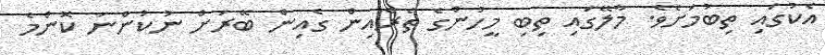
އެކުގައި ތިބުމަށެވެ. މާލޭގައި ތިބި މީހުންގެ ތެރެއިން ގެއިން ބޭރަށް ނުކުންނަ ކޮންމެ